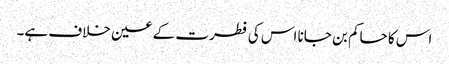
اس کا حاکم بن جانا اس کی فطرت کے عین خلاف ہے۔